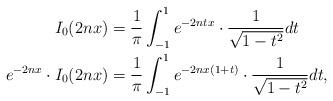
LaTeX: \begin{align*}I_0(2nx)&=\frac{1}{\pi}\int^{1}_{-1}{e^{-2ntx}\cdot \frac{1}{\sqrt{1-t^2}}dt}\\e^{-2nx}\cdot I_0(2nx)&=\frac{1}{\pi}\int^{1}_{-1}{e^{-2nx(1+t)}\cdot \frac{1}{\sqrt{1-t^2}}dt},\end{align*}